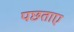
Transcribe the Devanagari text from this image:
पछताए